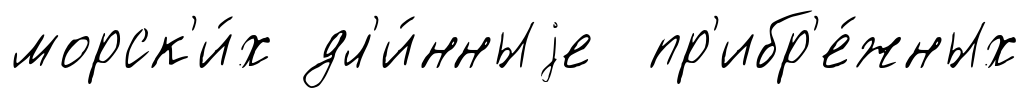
морск'и́х дл'и́нныjе пр'ибр'е́жных